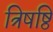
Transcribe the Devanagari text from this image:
त्रिषष्ठि